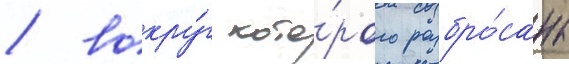
/ вокру́г кото́рого разбро́саны